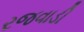
રજવાડી